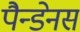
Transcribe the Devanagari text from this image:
पैन्डेनस